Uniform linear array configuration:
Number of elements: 16
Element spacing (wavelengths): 0.5
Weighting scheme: exponential
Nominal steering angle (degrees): -30
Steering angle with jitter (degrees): -29.795
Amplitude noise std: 0.05
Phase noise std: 0.05

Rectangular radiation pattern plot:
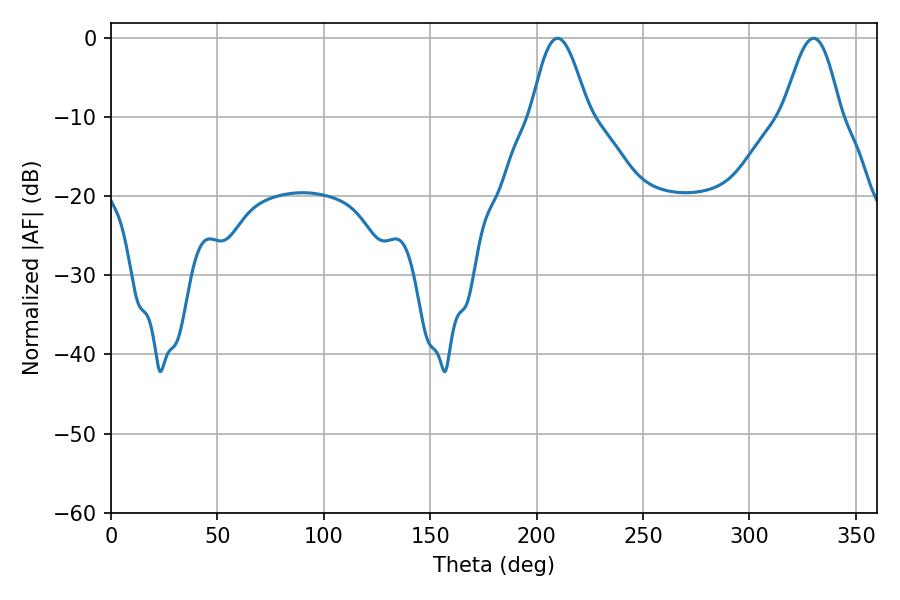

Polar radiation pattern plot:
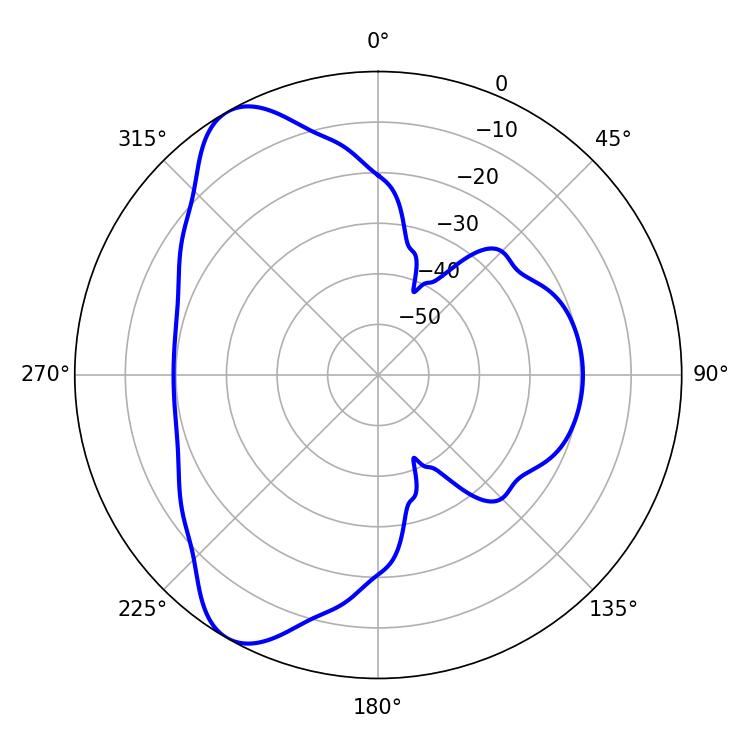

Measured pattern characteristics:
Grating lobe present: FALSE
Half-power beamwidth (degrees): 14.58
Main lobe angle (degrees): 209.88